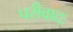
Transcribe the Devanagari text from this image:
परीवादः